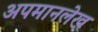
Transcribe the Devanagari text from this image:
अपमानलेख